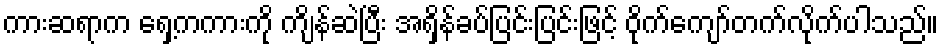
ကားဆရာက ရှေ့ကကားကို ကျိန်ဆဲပြီး အရှိန်ခပ်ပြင်းပြင်းဖြင့် ဝိုက်ကျော်တက်လိုက်ပါသည်။